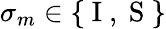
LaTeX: \sigma_{m}\in\{ \mathrm{~I~,~S~}\}